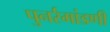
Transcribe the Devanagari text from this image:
पुनर्रमांडणी